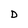
Character: D